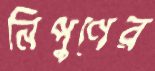
নিপুণের